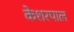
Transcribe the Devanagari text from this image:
केशरपाल